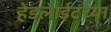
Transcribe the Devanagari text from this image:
हेडलाईटच्या